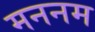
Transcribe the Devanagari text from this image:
मननम